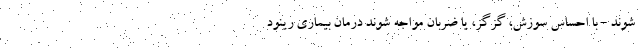
شوند - با احساس سوزش، گزگز، یا ضربان مواجه شوند درمان بیماری رینود